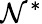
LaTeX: \mathcal{N}^{*}